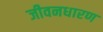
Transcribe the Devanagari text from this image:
जीवनधारण